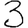
Digit: 3